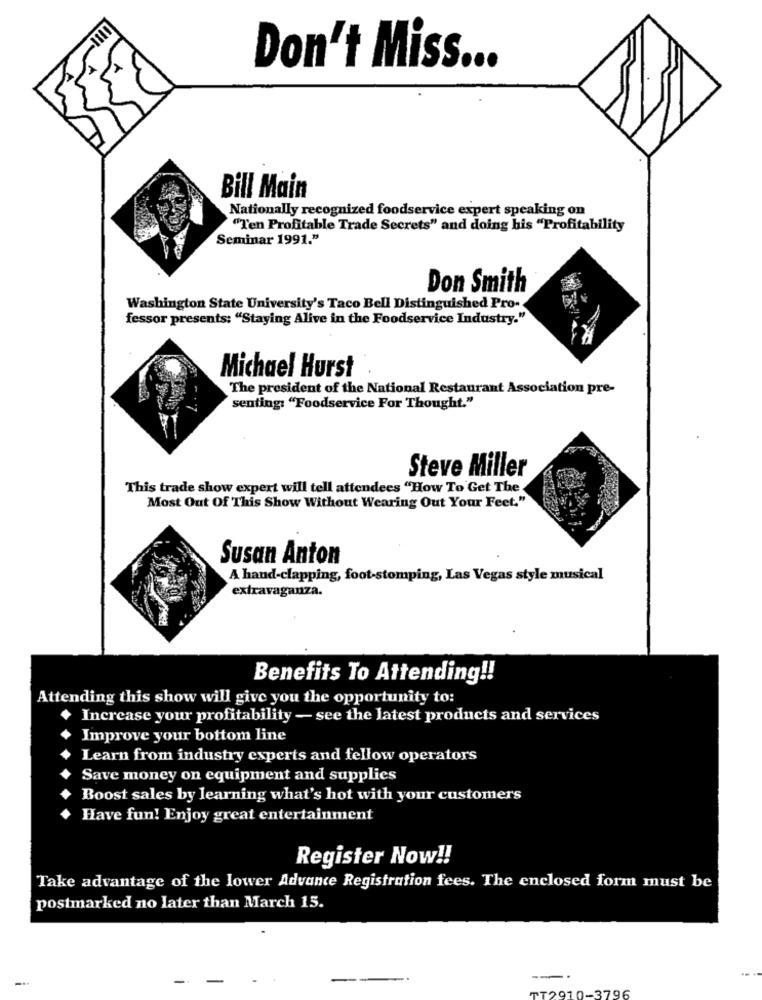
Don't Miss ...
Bill Main
Nationally recognized foodservice expert speaking on
"Ten Profitable Trade Secrets" and doing his "Profitability
Seminar 1991."
Don Smith
Washington State University's Taco Bell Distinguished Pro-
fessor presents: "Staying Alive in the Foodservice Industry."
Michael Hurst
The president of the National Restaurant Association pre-
senting: "Foodservice For Thought."
Steve Miller
This trade show expert will tell attendees "How To Get The
Most Out Of This Show Without Wearing Out Your Feet."
Susan Anton
A hand-clapping, foot-stomping, Las Vegas style musical
extravaganza.
Benefits To Attending !!
Attending this show will give you the opportunity to:
Increase your profitability - see the latest products and services
Improve your bottom line
Learn from industry experts and fellow operators
Save money on equipment and supplies
Boost sales by learning what's hot with your customers
Have fun! Enjoy great entertainment
Register Now !!
Take advantage of the lower Advance Registration fees. The enclosed form must be
postmarked no later than March 15.
10-3796